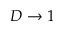
D \to 1